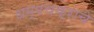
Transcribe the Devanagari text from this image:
धम्मचक्राचे